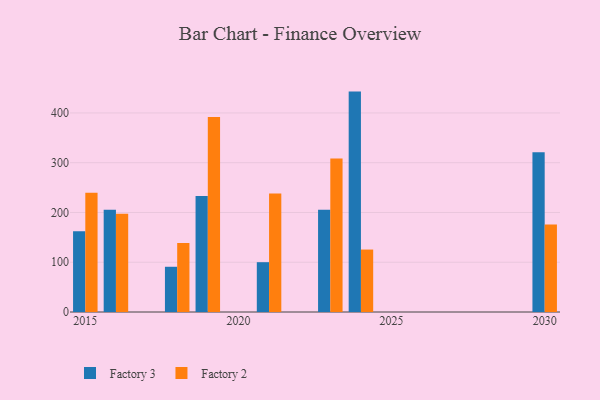
{"axis": {"x": "Year", "y": "Inventory Turnover"}, "legend": ["Factory 2", "Factory 3"], "data": [{"x": "2016", "y": 205.7, "type": "Factory 3"}, {"x": "2016", "y": 197.5, "type": "Factory 2"}, {"x": "2023", "y": 205.3, "type": "Factory 3"}, {"x": "2023", "y": 308.7, "type": "Factory 2"}, {"x": "2030", "y": 320.9, "type": "Factory 3"}, {"x": "2030", "y": 175.7, "type": "Factory 2"}, {"x": "2024", "y": 442.9, "type": "Factory 3"}, {"x": "2024", "y": 125.5, "type": "Factory 2"}, {"x": "2019", "y": 233.3, "type": "Factory 3"}, {"x": "2019", "y": 392.1, "type": "Factory 2"}, {"x": "2018", "y": 90.9, "type": "Factory 3"}, {"x": "2018", "y": 138.5, "type": "Factory 2"}, {"x": "2021", "y": 100.1, "type": "Factory 3"}, {"x": "2021", "y": 238.2, "type": "Factory 2"}, {"x": "2015", "y": 162.3, "type": "Factory 3"}, {"x": "2015", "y": 239.5, "type": "Factory 2"}]}